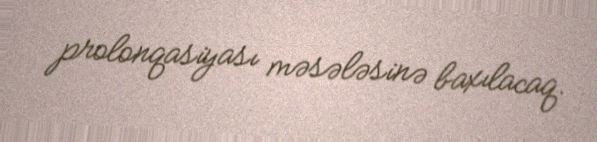
prolonqasiyası məsələsinə baxılacaq.